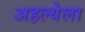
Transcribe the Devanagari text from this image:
अहल्येला